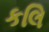
કલિ